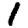
Digit: 1